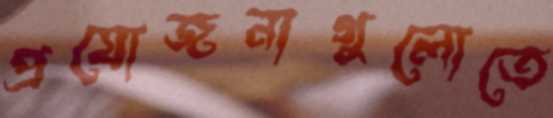
প্রযোজনাগুলোতে